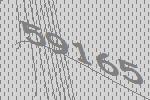
59165